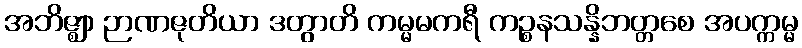
အဘိဇ္ဈာ ဉာဏဇုတိယာ ဒတွာတိ ကမ္မမကရီ ကဉ္စနသန္နိဘတ္တစေ အပက္ကမ္မ